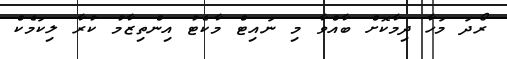
ރޯދަ މަހާ ދިމާކޮށް ބާއްވާ މި ނައިޓް މާކެޓު އިންތިޒާމު ކުރާ ލިކަމެކް